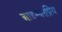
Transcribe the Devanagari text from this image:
आडम्बरप्रिय